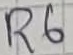
Text: R6